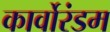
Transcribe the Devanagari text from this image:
कार्वोरंडम